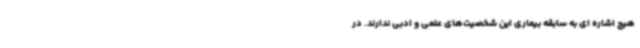
هیچ اشاره ای به سابقه بیماری این شخصیت‌های علمی و ادبی ندارند. در